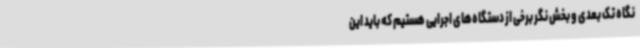
نگاه تک بعدی و بخش نگر برخی از دستگاه‌های اجرایی هستیم که باید این